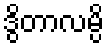
ဒွိတာလမ္ပိ